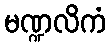
မဏ္ဍလိကံ